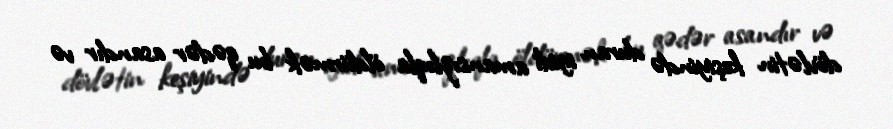
dövlətin keşiyində duran igidi amansızlıqla öldürmək bu qədər asandır və